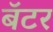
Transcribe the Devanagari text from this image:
बॅटर